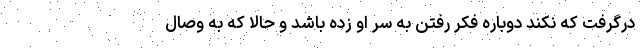
درگرفت که نکند دوباره فکر رفتن به سر او زده باشد و حالا که به وصال